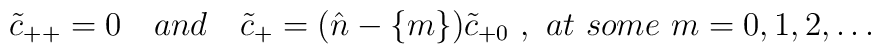
\tilde c_{++}=0 \quad and \quad \tilde c_{+} =( {\hat n}  - \{ m \})\tilde c_{+0} \ , \ at \ some\ m=0,1,2,\dots